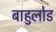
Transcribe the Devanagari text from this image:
बाहुलोड